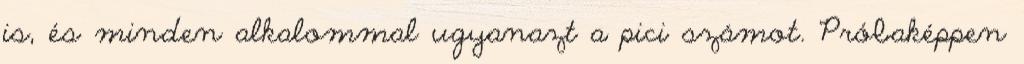
is, és minden alkalommal ugyanazt a pici számot. Próbaképpen